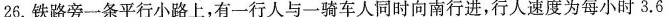
26.铁路旁一条平行小路上，有一行人与一骑车人同时向南行进，行人速度为每小时3.6